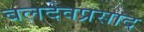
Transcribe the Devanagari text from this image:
बलदेवप्रसाद